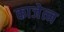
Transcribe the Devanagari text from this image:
काजेत्न